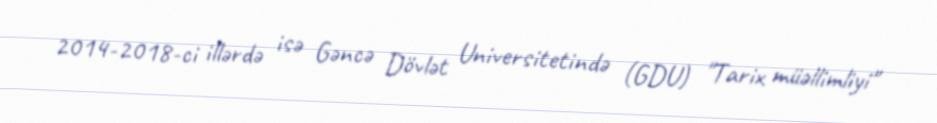
2014-2018-ci illərdə isə Gəncə Dövlət Universitetində (GDU) "Tarix müəllimliyi"